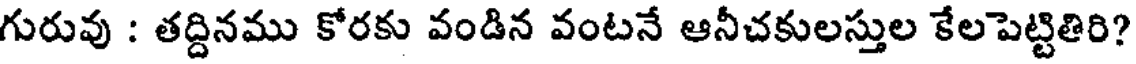
గురువు : తద్దినము కోరకు వండిన వంటనే ఆనీచకులస్తుల కేలపెట్టితిరి?